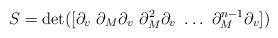
LaTeX: \begin{align*} S = \det([\partial_v\ \partial_M\partial_v\ \partial_M^2\partial_v\ \ldots\ \partial_M^{n-1}\partial_v])\end{align*}